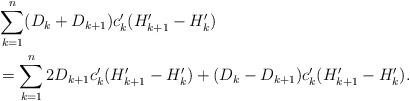
LaTeX: \begin{align*}&\sum_{k=1}^{n} (D_{k} + D_{k+1})c'_k (H'_{k+1}-H'_{k}) \\&=\sum_{k=1}^{n}2 D_{k+1} c'_k (H'_{k+1}-H'_{k}) +(D_{k}-D_{k+1})c'_k (H'_{k+1}-H'_k).\end{align*}